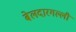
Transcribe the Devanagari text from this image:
बेलदारगल्ली